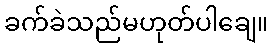
ခက်ခဲသည်မဟုတ်ပါချေ။